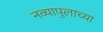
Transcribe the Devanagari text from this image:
नव्यापुलाच्या